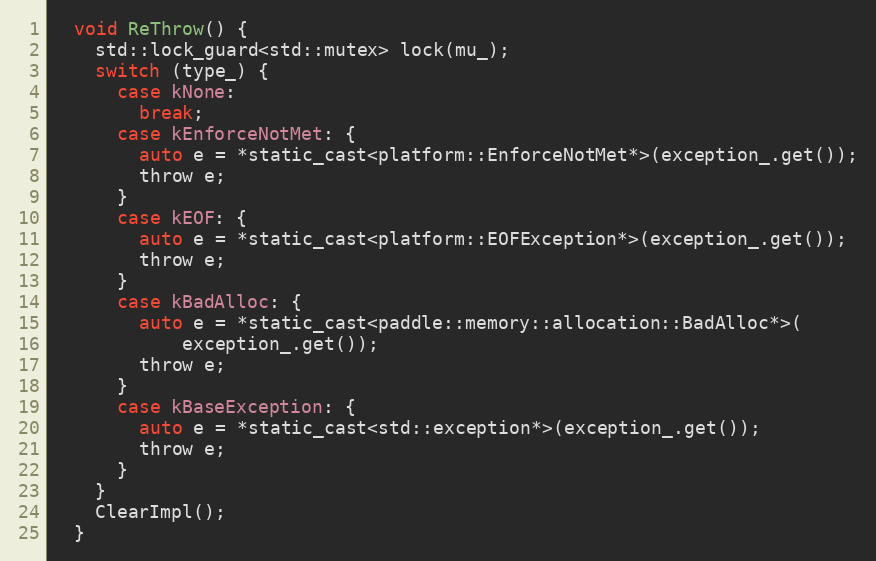
Language: C
  void ReThrow() {
    std::lock_guard<std::mutex> lock(mu_);
    switch (type_) {
      case kNone:
        break;
      case kEnforceNotMet: {
        auto e = *static_cast<platform::EnforceNotMet*>(exception_.get());
        throw e;
      }
      case kEOF: {
        auto e = *static_cast<platform::EOFException*>(exception_.get());
        throw e;
      }
      case kBadAlloc: {
        auto e = *static_cast<paddle::memory::allocation::BadAlloc*>(
            exception_.get());
        throw e;
      }
      case kBaseException: {
        auto e = *static_cast<std::exception*>(exception_.get());
        throw e;
      }
    }
    ClearImpl();
  }